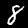
Label: 8